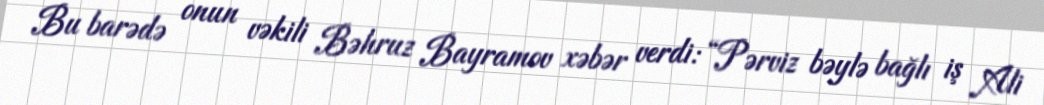
Bu barədə onun vəkili Bəhruz Bayramov xəbər verdi: “Pərviz bəylə bağlı iş Ali